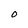
Character: 0